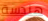
هندسة